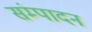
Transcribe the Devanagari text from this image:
संम्पादन